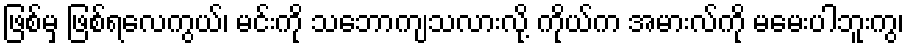
ဖြစ်မှ ဖြစ်ရလေကွယ်၊ မင်းကို သဘောကျသလားလို့ ကိုယ်က အမားလ်ကို မမေးပါဘူးကွ၊